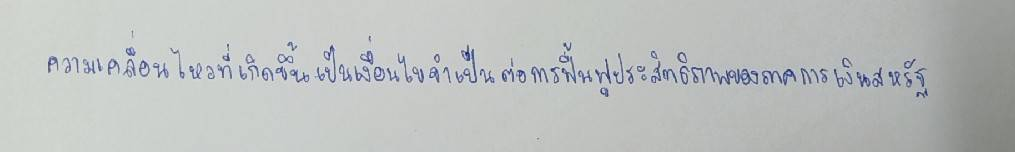
ความเคลื่อนไหวที่เกิดขึ้นเป็นเงื่อนไขจำเป็นต่อการฟื้นฟูประสิทธิภาพของภาคการเงินสหรัฐ